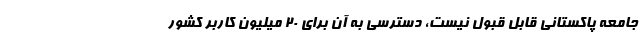
جامعه پاکستانی قابل قبول نیست، دسترسی به آن برای ۲۰ میلیون کاربر کشور